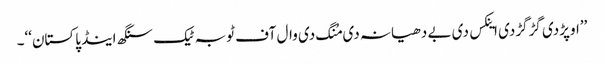
’’اوپڑدی گڑگڑدی اینکس دی بے دھیانہ دی مُنگ دی وال آف ٹوبہ ٹیک سنگھ اینڈ پاکستان‘‘۔